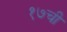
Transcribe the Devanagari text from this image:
१७ची